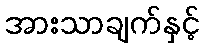
အားသာချက်နှင့်